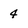
Character: 4